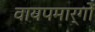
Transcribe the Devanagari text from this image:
वायपमार्गों